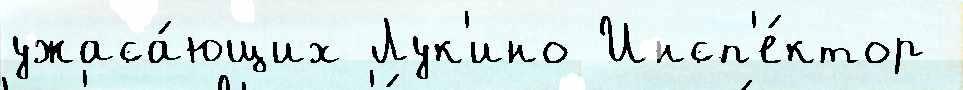
ужаса́ющих Лук'ино Инсп'е́ктор